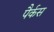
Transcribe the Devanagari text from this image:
पैर्कस